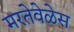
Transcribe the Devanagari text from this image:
मरतेवेळेस